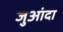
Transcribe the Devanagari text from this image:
जुआंदा